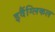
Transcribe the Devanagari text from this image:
इवैंग्लिकल